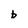
Character: b